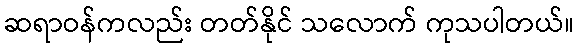
ဆရာဝန်ကလည်း တတ်နိုင် သလောက် ကုသပါတယ်။